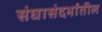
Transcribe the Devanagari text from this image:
संघासंदर्भातील